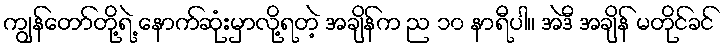
ကျွန်တော်တို့ရဲ့ နောက်ဆုံးမှာလို့ရတဲ့ အချိန်က ည ၁၀ နာရီပါ။ အဲဒီ အချိန် မတိုင်ခင်